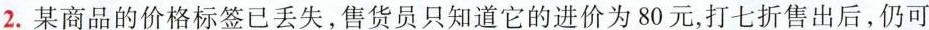
2.某商品的价格标签已丢失，售货员只知道它的进价为80元，打七折售出后，仍可